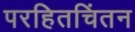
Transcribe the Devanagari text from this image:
परहितचिंतन